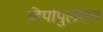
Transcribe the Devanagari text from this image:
डिपोपुलेशन